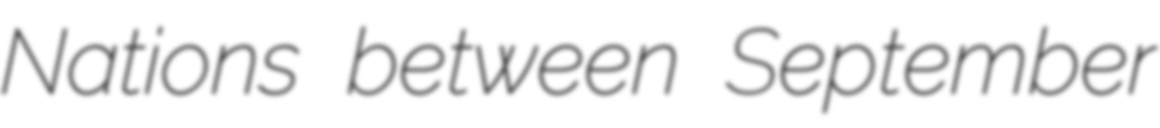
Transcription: Nations between September